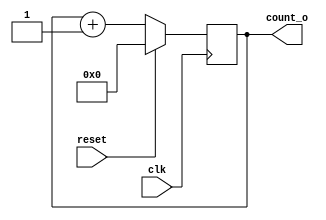
module day8(
  		input wire  clk,
  		input wire  reset,
  output  reg [7:0] count_o
);
  
  always@(posedge clk)
    begin
      if (reset)
        count_o <= 8'h0;
      else
        count_o <= count_o + 8'h1;
      
    end
endmodule